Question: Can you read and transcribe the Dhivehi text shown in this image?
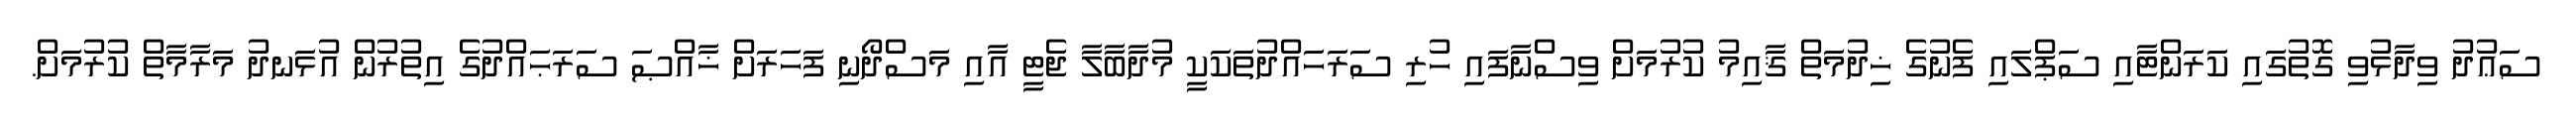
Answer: ސަޢުދު ވިދާޅުވި ގޮތުގައި ކަރަންޓާއި ސަޕްލައި ފެނުގެ ޚިދުމަތް ޤާއިމު ކުރުމަށް ވިސްނާފައި ހުރި ސަރަހައްދުތަކަކީ މުދާބާލާ ޖެޓީ އާއި މަސްދޯނި ފަހަރަށް ޚާއްޞަ ސަރަޙައްދުގެ އިތުރުން އުޅަނދު މަރާމާތް ކުރުމަށް.